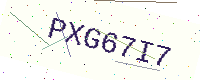
Text: PXG67I7